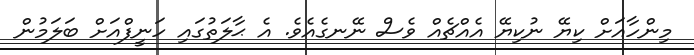
މިންހާއަށް ކިޔޭ ނުކިޔޭ އެއްޗެއް ވެސް ނޭނގެއެވެ. އެ ޙާލަތުގައި ހަނީފްއަށް ބަލަމުން